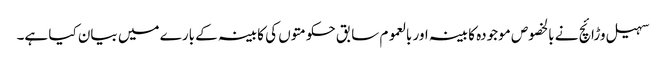
سہیل وڑائچ نے بالخصوص موجودہ کابینہ اور بالعموم سابق حکومتوں کی کابینہ کے بارے میں بیان کیا ہے۔